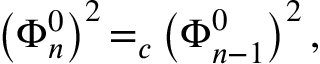
\left( \Phi _ { n } ^ { 0 } \right) ^ { 2 } { = } _ { c } \left( \Phi _ { n - 1 } ^ { 0 } \right) ^ { 2 } ,